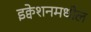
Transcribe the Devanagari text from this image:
इक्वेशनमधील